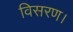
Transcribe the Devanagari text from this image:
विसरण।